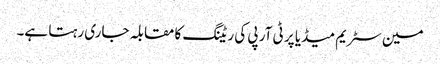
مین سٹریم میڈیا پر ٹی آر پی کی ریٹنگ کا مقابلہ جاری رہتا ہے۔